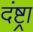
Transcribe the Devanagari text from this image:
दंष्ट्रा